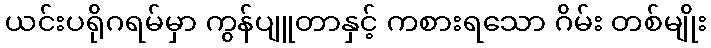
ယင်းပရိုဂရမ်မှာ ကွန်ပျူတာနှင့် ကစားရသော ဂိမ်း တစ်မျိုး